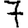
Digit: 7